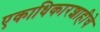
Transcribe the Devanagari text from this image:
एकाधिकारशाहीचे